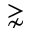
\gnsim